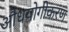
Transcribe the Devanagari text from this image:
औधयोगीकरण